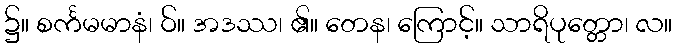
၌။ စင်္ကမမာနံ၊ ဝ်။ အဒဿ၊ ၏။ တေန၊ ကြောင့်။ သာရိပုတ္တော၊ လ။